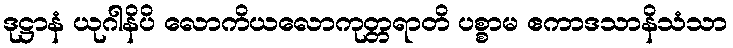
ဒုဋ္ဌာနံ ယုဂါနိပိ လောကိယလောကုတ္တရာတိ ပစ္စာမ ဧကာဒသာနိသံသာ